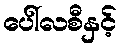
ပေါ်လစီနှင့်